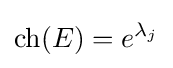
\operatorname {ch} (E)=e^{\lambda _{j}}